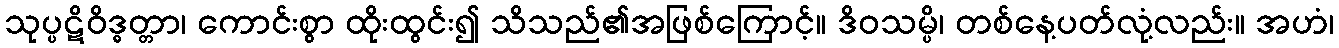
သုပ္ပဋိဝိဒ္ဓတ္တာ၊ ကောင်းစွာ ထိုးထွင်း၍ သိသည်၏အဖြစ်ကြောင့်။ ဒိဝသမ္ပိ၊ တစ်နေ့ပတ်လုံ့လည်း။ အဟံ၊